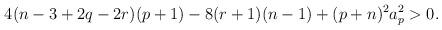
LaTeX: \begin{align*}4(n-3+2q-2r)(p+1)-8(r+1)(n-1)+(p+n)^2a^2_p>0.\end{align*}